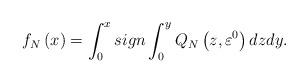
LaTeX: \begin{align*} f_N\left(x\right)=\int_{0}^{x}sign\int_{0}^{y}Q_N\left(z,\varepsilon^0\right)dzdy.\end{align*}